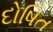
દોષિત